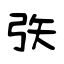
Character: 矤